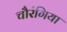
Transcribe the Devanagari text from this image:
चौरंगिया